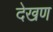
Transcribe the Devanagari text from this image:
देखण